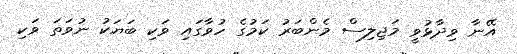
އޭނާ ވިދާޅުވީ މަޖިލިސް މެންބަރު ކަމުގެ ހުވާގައި ވަކި ބަޔަކު ނުވަތަ ވަކި